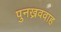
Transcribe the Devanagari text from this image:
पुनख्रववाह